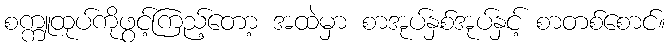
စက္ကူထုပ်ကိုဖွင့်ကြည့်တော့ အထဲမှာ စာအုပ်နှစ်အုပ်နှင့် စာတစ်စောင်။